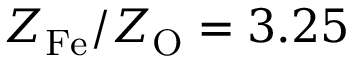
Z _ { \mathrm { F e } } / Z _ { \mathrm { O } } = 3 . 2 5